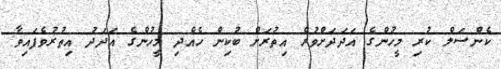
ކެންސަލް ކުރި މީހުންގެ އަދަދަށްވުރެ އިތުރަށް ބުކިން ހެއްދި މީހުންގެ އަދަދު އިތުރުވެފައިވާ